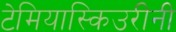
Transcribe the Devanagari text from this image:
टेमियास्किउरीनी